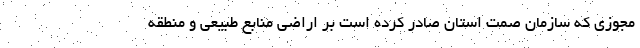
مجوزی که سازمان صمت استان صادر کرده است بر اراضی منابع طبیعی و منطقه